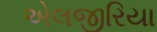
એલજીરિયા